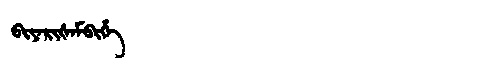
Manchu: ᠪᡳᠶᠠᡵᡳᡧᠠᠮᠪᡳᡥᡝ
Romanization: BIYARIŠAMBIHE